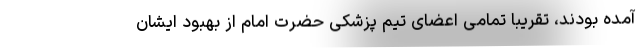
آمده بودند، تقریباً تمامی اعضای تیم پزشکی حضرت امام از بهبود ایشان